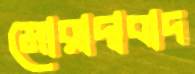
মোরাদাবাদ